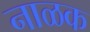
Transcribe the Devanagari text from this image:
नाळक